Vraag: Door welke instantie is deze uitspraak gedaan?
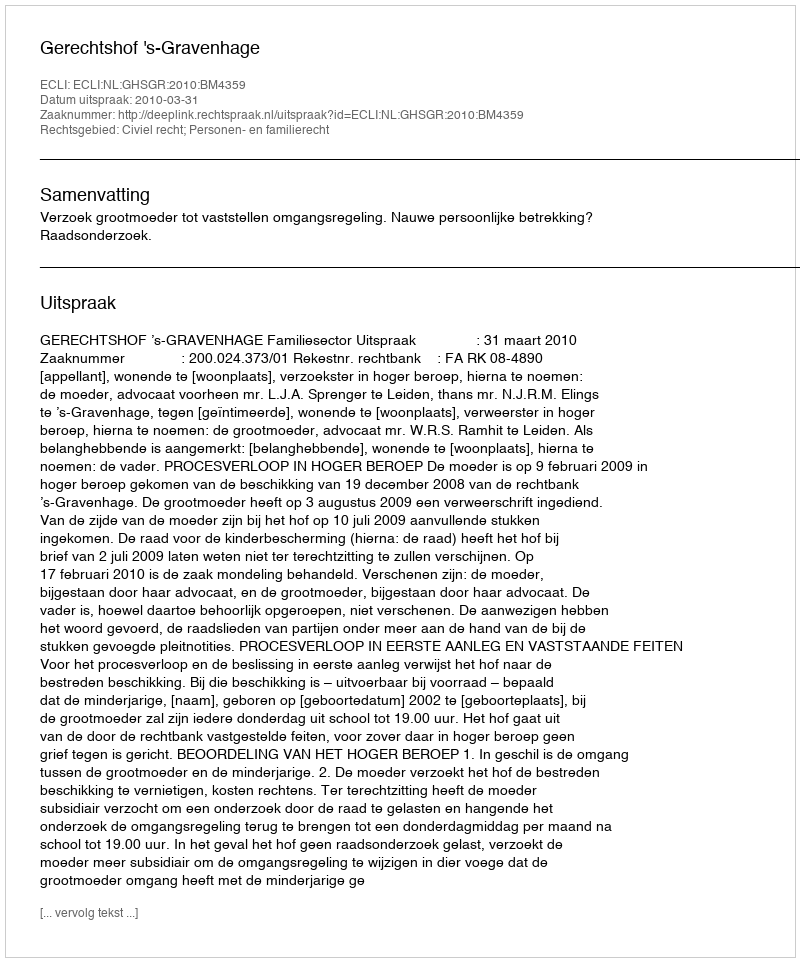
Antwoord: Gerechtshof 's-Gravenhage